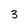
Character: 3